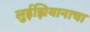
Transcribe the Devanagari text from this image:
लुईझियानाचा